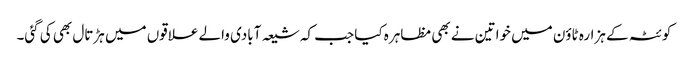
کوئٹہ کے ہزارہ ٹاؤن میں خواتین نے بھی مظاہرہ کیا جب کہ شیعہ آبادی والے علاقوں میں ہڑتال بھی کی گئی۔